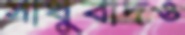
সাধুবাদও